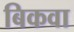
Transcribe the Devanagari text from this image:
बिकवा